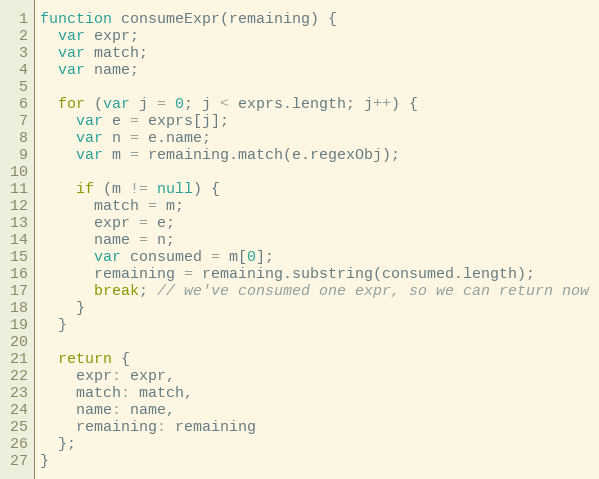
Language: JavaScript
function consumeExpr(remaining) {
  var expr;
  var match;
  var name;

  for (var j = 0; j < exprs.length; j++) {
    var e = exprs[j];
    var n = e.name;
    var m = remaining.match(e.regexObj);

    if (m != null) {
      match = m;
      expr = e;
      name = n;
      var consumed = m[0];
      remaining = remaining.substring(consumed.length);
      break; // we've consumed one expr, so we can return now
    }
  }

  return {
    expr: expr,
    match: match,
    name: name,
    remaining: remaining
  };
}